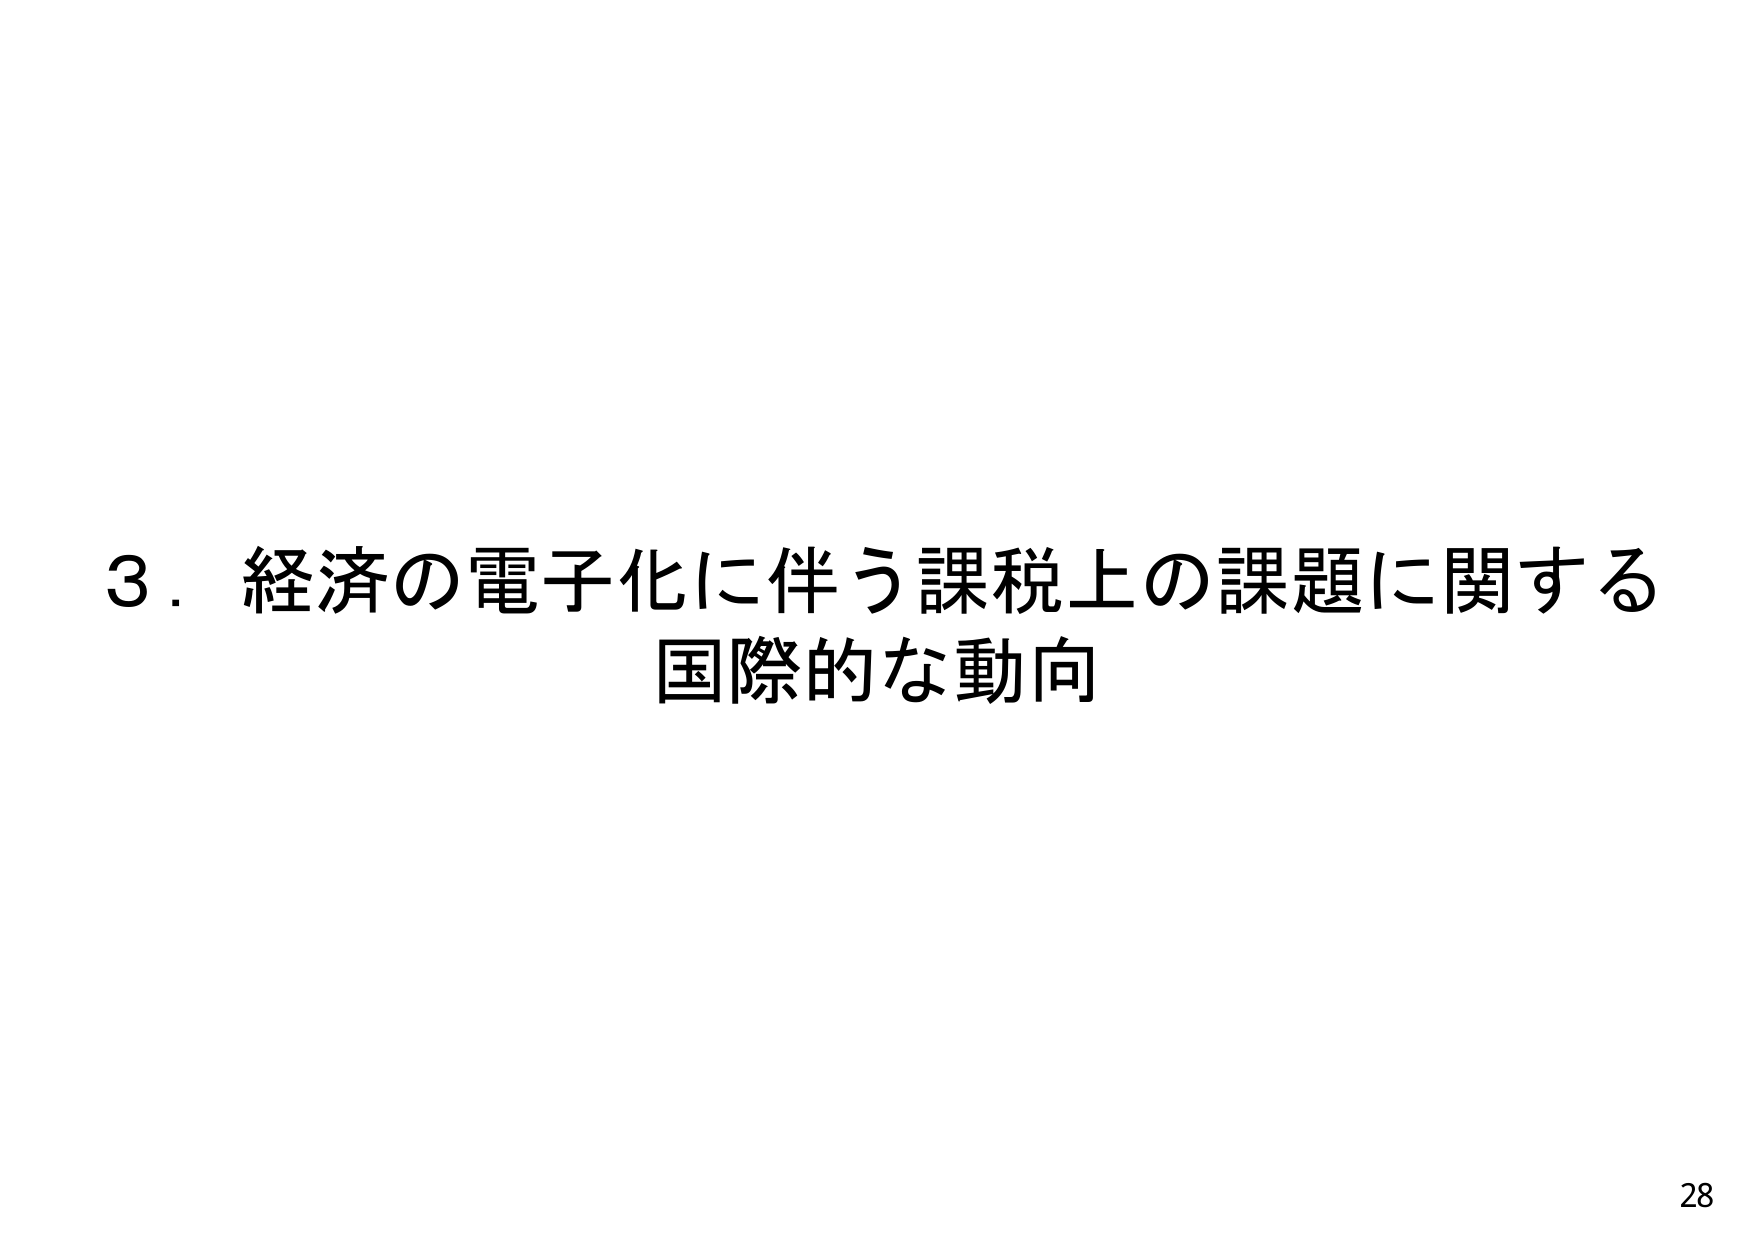
3．経済の電子化に伴う課税上の課題に関する
国際的な動向
28